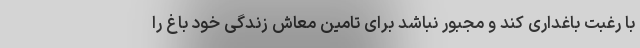
با رغبت باغداری کند و مجبور نباشد برای تامین معاش زندگی خود باغ را